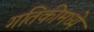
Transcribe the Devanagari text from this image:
गतिकीमध्ये